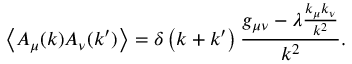
\left\langle A _ { \mu } ( k ) A _ { \nu } ( k ^ { \prime } ) \right\rangle = \delta \left( k + k ^ { \prime } \right) { \frac { g _ { \mu \nu } - \lambda { \frac { k _ { \mu } k _ { \nu } } { k ^ { 2 } } } } { k ^ { 2 } } } .